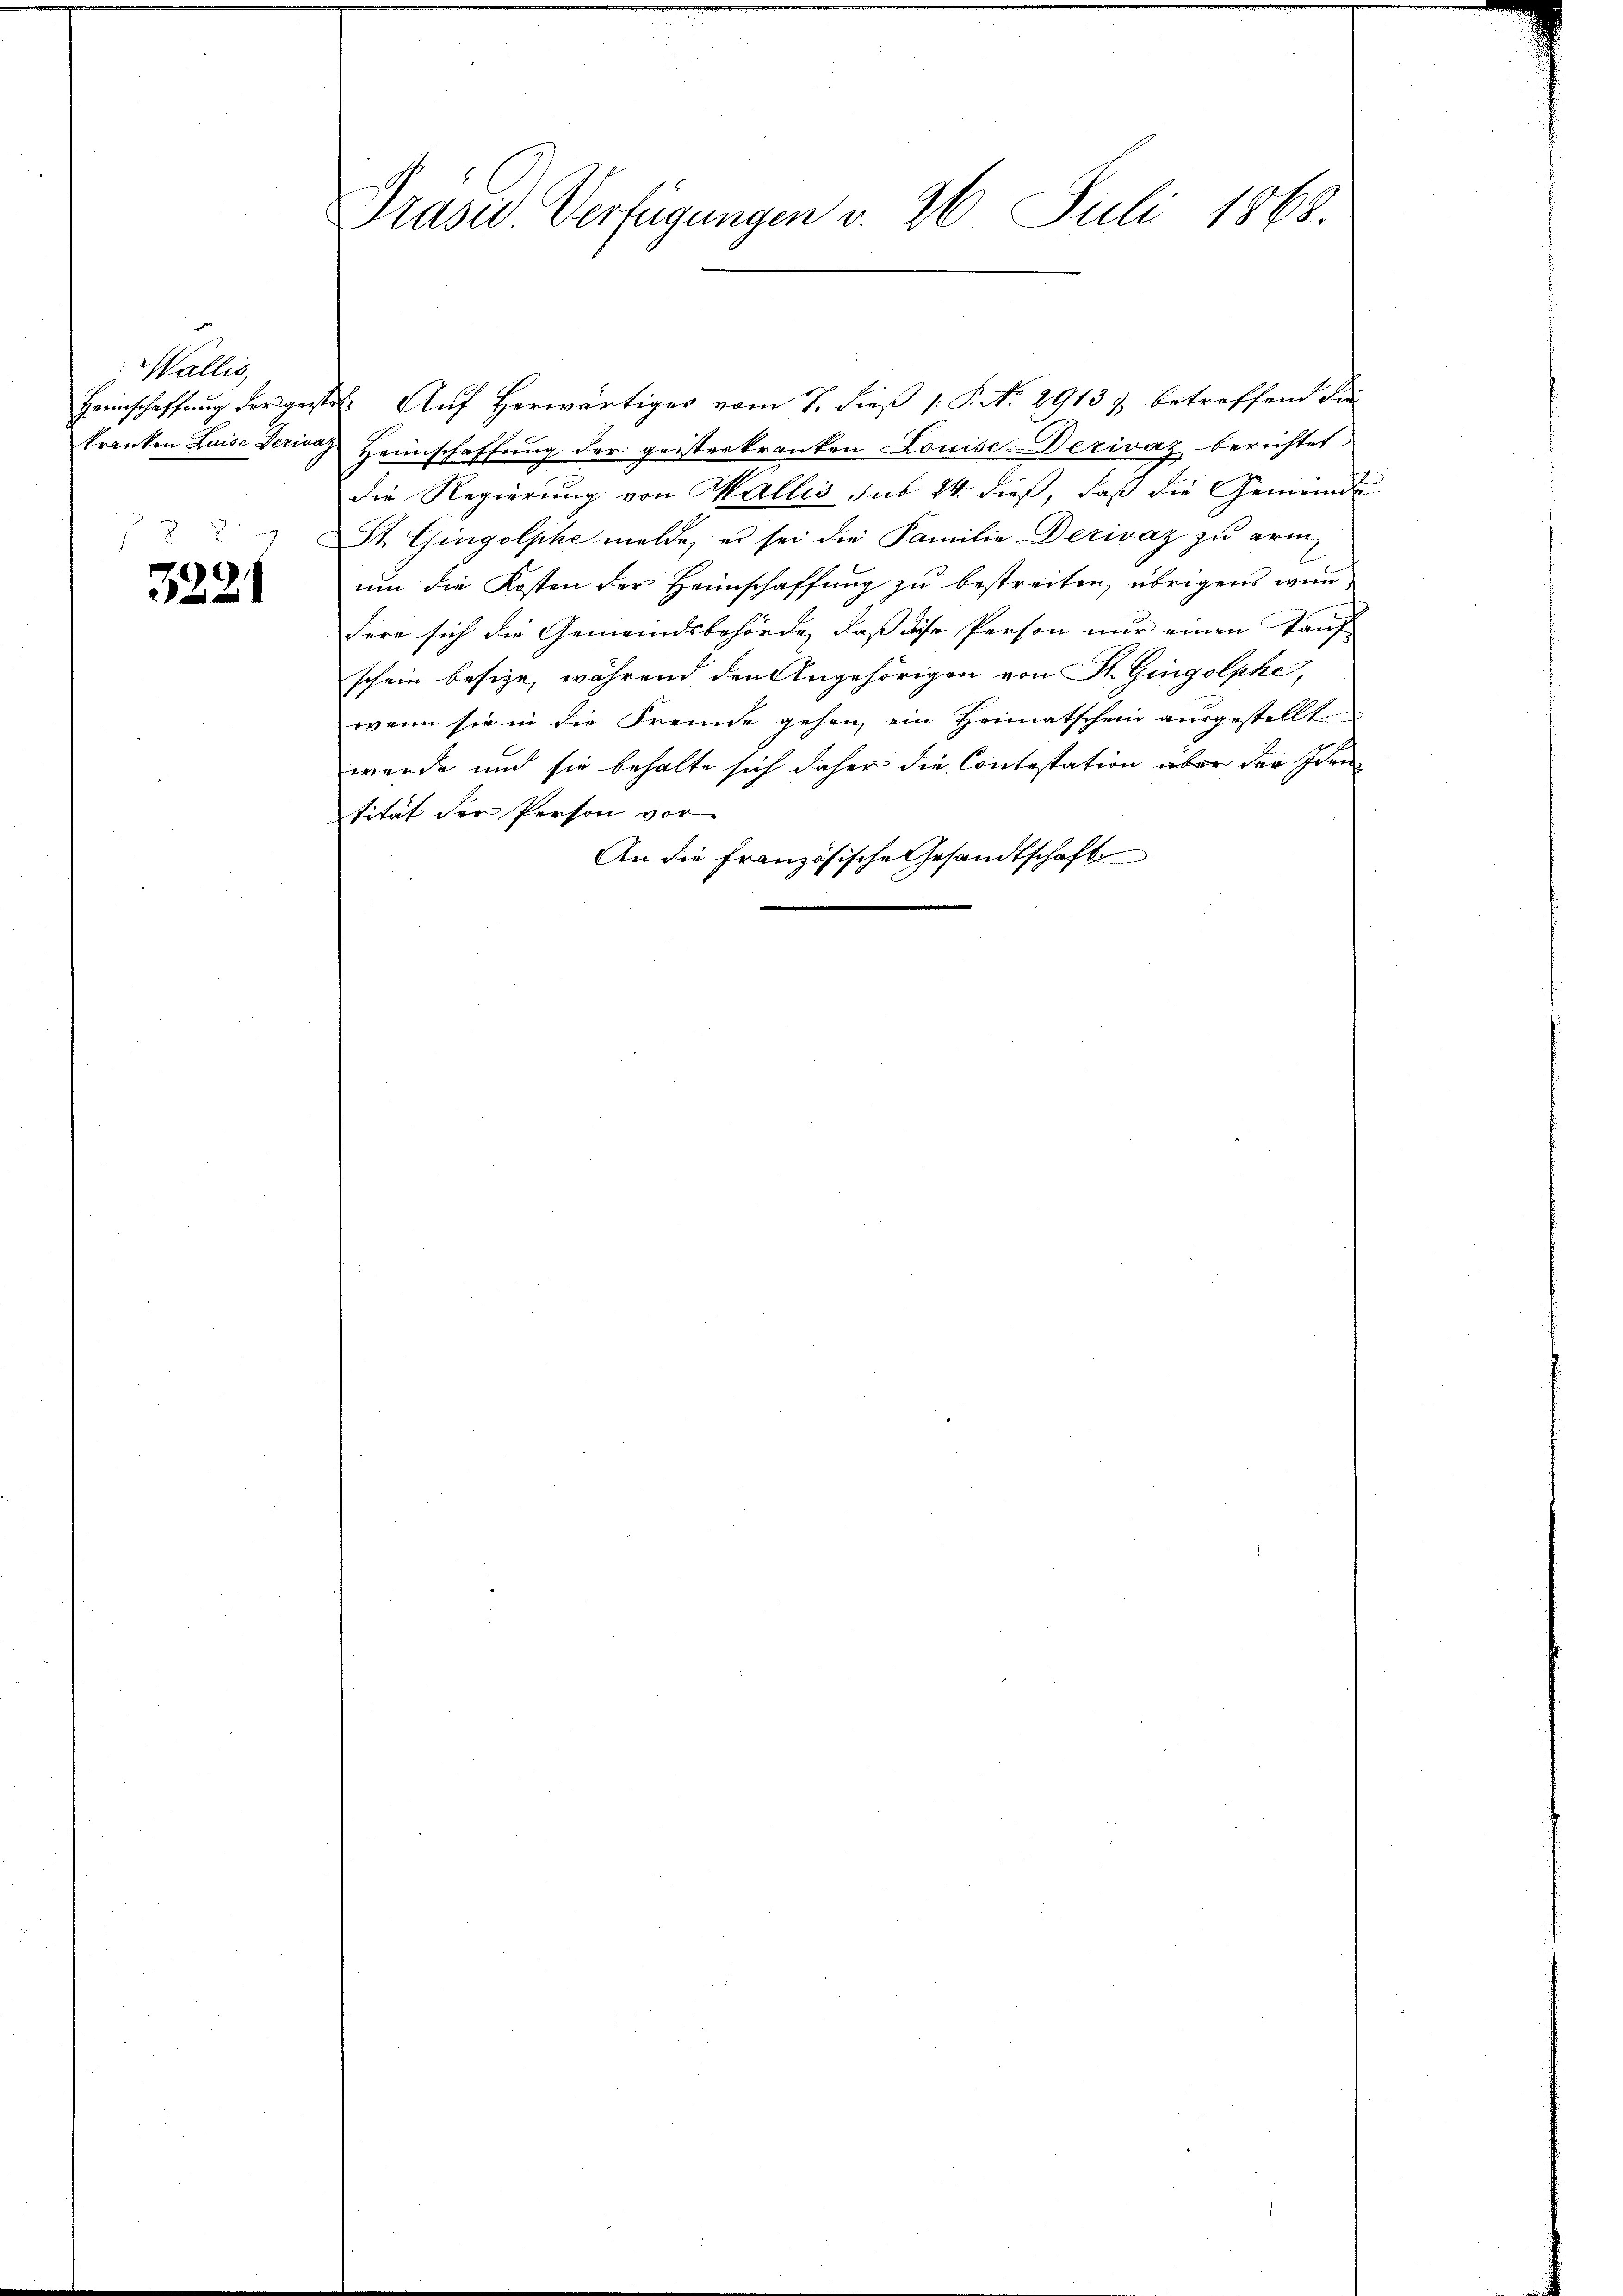
Wallis,

3221

Heimschaffŭng der gestet. Aŭf herwärtiger vom 7. dieß (: P. No. 29137, betreffend die
kranken Luise derivat Heimschaffung der geisterkranken Louise-Dezivaz berichtet
die Regierung von Wallis sub 14 dieß, daß die Gemeinde
St. Gingolphe melde, es sei die Familie-Decivaz zu arm
um die Kosten der Heimschaffung zu bestreiten, übrigens wendere sich die Gemeindsbehörde, daß diese Person nur einen Tauf
schein besize, während den Angehörigen von St. Gingolphe,
wenn sie in die Fremde gehen, ein Heimatschein ausgestellt
werde und sie behalte sich daher die Contestation aber der Idee
tität der Person vor
An die Französische Gesandtschaft

Präsid. Verfügungen v. 26. Juli 1868.